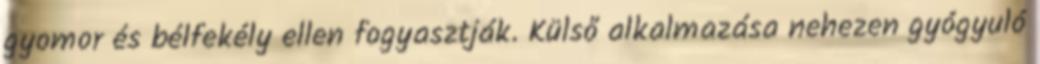
gyomor és bélfekély ellen fogyasztják. Külső alkalmazása nehezen gyógyuló